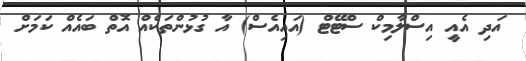
އަދި އެއީ އިސްލާމިކް ސްޓޭޓް (އައިއެސް) އާ ގުޅުންތަކެއް އޮތް ބައެއް ކަމަށް